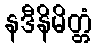
နဒီနိမိတ္တံ